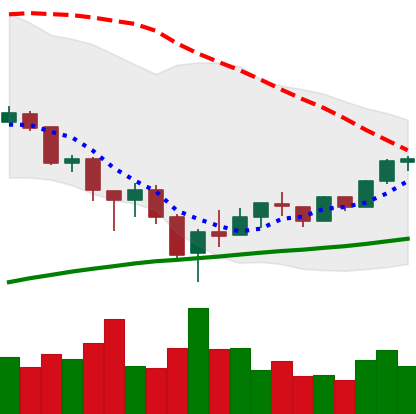
Ticker: BTC-USD
Chart end date: 2018-02-16
Forward return: 4.461%
Label: up_3_5